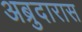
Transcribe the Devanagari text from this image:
अब्रुदारास